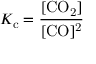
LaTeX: K _ { \mathrm { c } } = { \frac { \mathrm { [ C O _ { 2 } ] } } { \mathrm { [ C O ] ^ { 2 } } } }